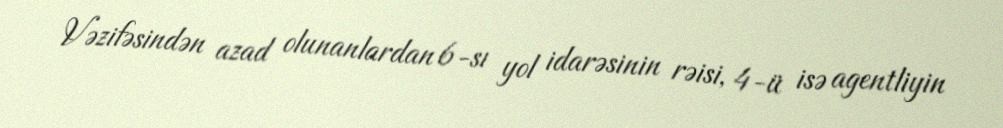
Vəzifəsindən azad olunanlardan 6-sı yol idarəsinin rəisi, 4-ü isə agentliyin